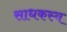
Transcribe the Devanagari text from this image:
साधकस्य